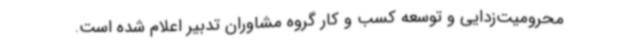
محرومیت‌زدایی و توسعه کسب و کار گروه مشاوران تدبیر اعلام شده است.